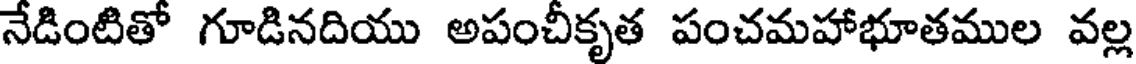
నేడింటితో గూడినదియు అపంచీకృత పంచమహాభూతముల వల్ల